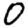
Digit: 0